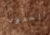
للحدود